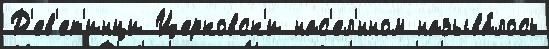
Д'ев'ет'инци Церковск'и нас'ел'́нном называ́лось